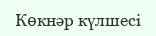
Көкнәр күлшесі